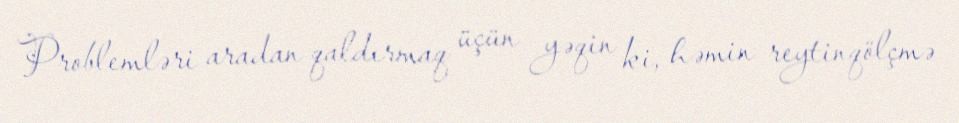
Problemləri aradan qaldırmaq üçün yəqin ki, həmin reytinqölçmə